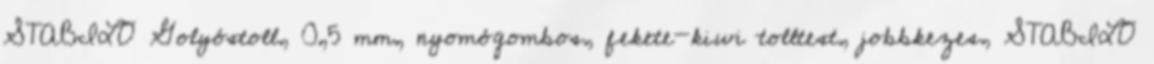
STABILO Golyóstoll, 0,5 mm, nyomógombos, fekete-kiwi tolltest, jobbkezes, STABILO